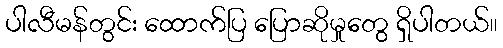
ပါလီမန်တွင်း ထောက်ပြ ပြောဆိုမှုတွေ ရှိပါတယ်။